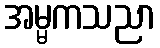
အမ္မကသညာ